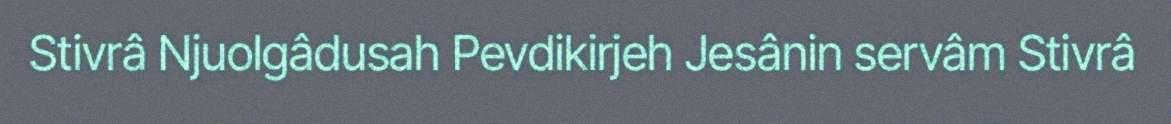
Stivrâ Njuolgâdusah Pevdikirjeh Jesânin servâm Stivrâ